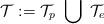
LaTeX: \begin{align*} \mathcal{T} := \mathcal{T}_p \ \bigcup \ \mathcal{T}_e \end{align*}